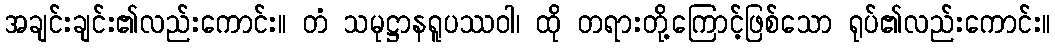
အချင်းချင်း၏လည်းကောင်း။ တံ သမုဋ္ဌာနရူပဿဝါ၊ ထို တရားတို့ကြောင့်ဖြစ်သော ရုပ်၏လည်းကောင်း။